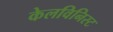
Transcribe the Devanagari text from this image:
केलविनिस्ट